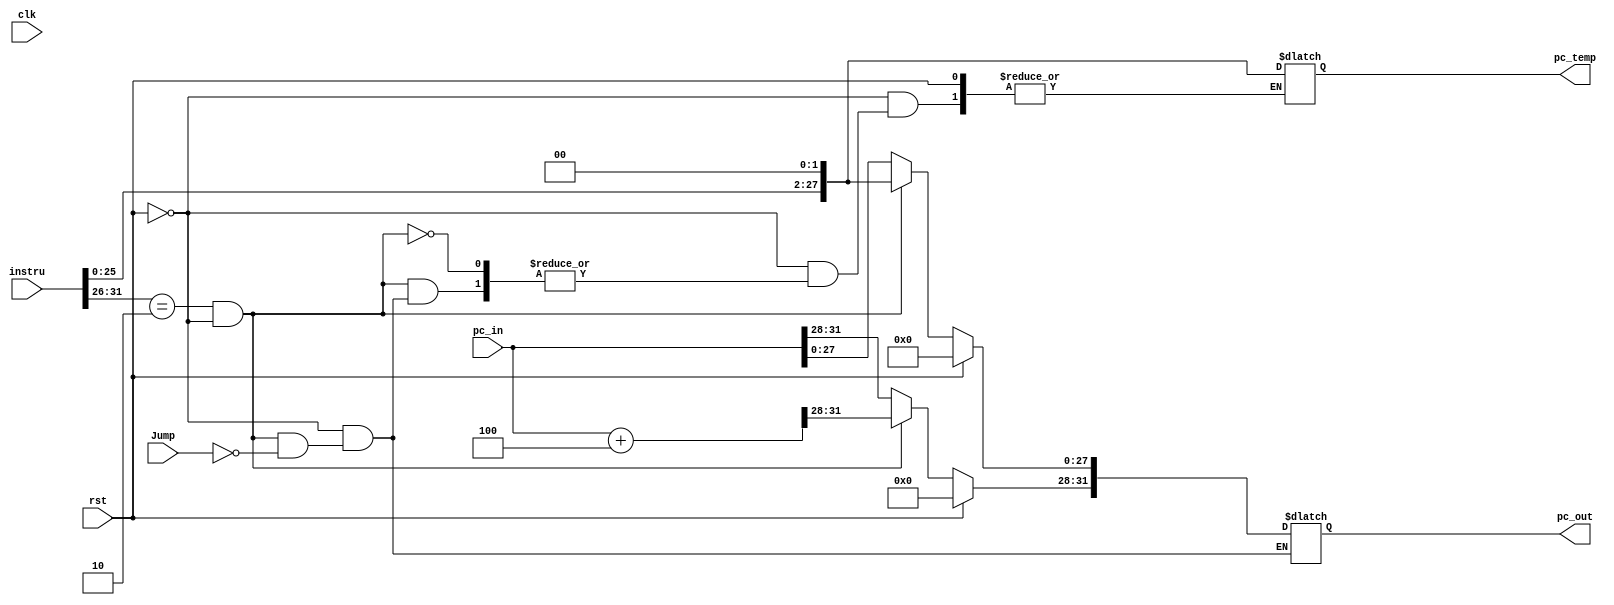
module j(Jump,instru,pc_in,pc_out,pc_temp,clk,rst);
   output [31:0]pc_out;
   output [27:0]pc_temp; 
   input Jump,clk,rst;
   input [31:0]instru,pc_in;
   
   wire [31:0]		instru,pc_in;
   reg [31:0] 		pc_out; 
   reg [27:0] pc_temp;
  
		always@(clk or rst)
		if(rst==1)
		  pc_out=0;
		  else
		  if((instru[31:26]==6'b000010)&&rst==0)
		  begin
			 if(Jump)
			   begin
			 pc_out<=pc_in + 4'd4;
			 pc_temp=instru[25:0]<<2;    
			 pc_out[27:0]<=pc_temp; 
			   end
		  end
		  else
		  pc_out<=pc_in;
   
		  endmodule // jump